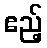
ဧည့်